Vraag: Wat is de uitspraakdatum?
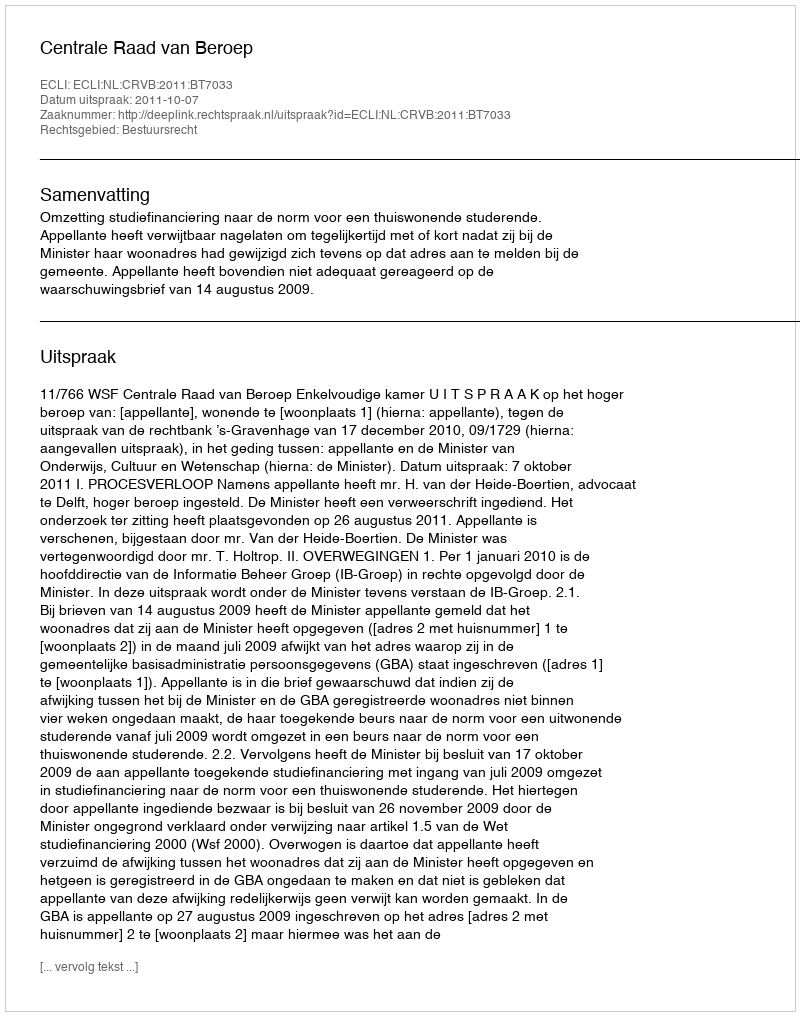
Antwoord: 2011-10-07